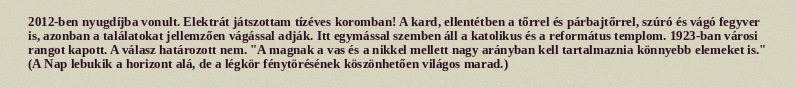
2012-ben nyugdíjba vonult. Elektrát játszottam tízéves koromban! A kard, ellentétben a tőrrel és párbajtőrrel, szúró és vágó fegyver is, azonban a találatokat jellemzően vágással adják. Itt egymással szemben áll a katolikus és a református templom. 1923-ban városi rangot kapott. A válasz határozott nem. "A magnak a vas és a nikkel mellett nagy arányban kell tartalmaznia könnyebb elemeket is." (A Nap lebukik a horizont alá, de a légkör fénytörésének köszönhetően világos marad.)